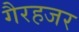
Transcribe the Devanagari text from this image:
गैरहजर